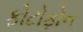
ફોટોફોન